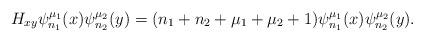
LaTeX: \begin{align*}H_{xy} \psi_{n_1}^{\mu_1}(x)\psi_{n_2}^{\mu_2}(y) = (n_1 + n_2 + \mu_1 + \mu_2 + 1) \psi_{n_1}^{\mu_1}(x)\psi_{n_2}^{\mu_2}(y).\end{align*}